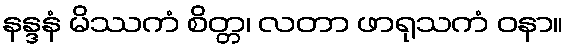
နန္ဒနံ မိဿကံ စိတ္တ၊ လတာ ဖာရုသကံ ဝနာ။